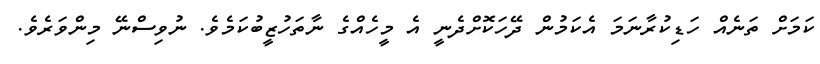
ކަމަށް ތަނެއް ހަޑިކުރާނަމަ އެކަމުން ދޭހަކޮށްދެނީ އެ މީހެއްގެ ނާތަހުޒީބުކަމެވެ. ނުވިސްނޭ މިންވަރެވެ.